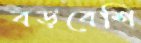
বড়বেশি